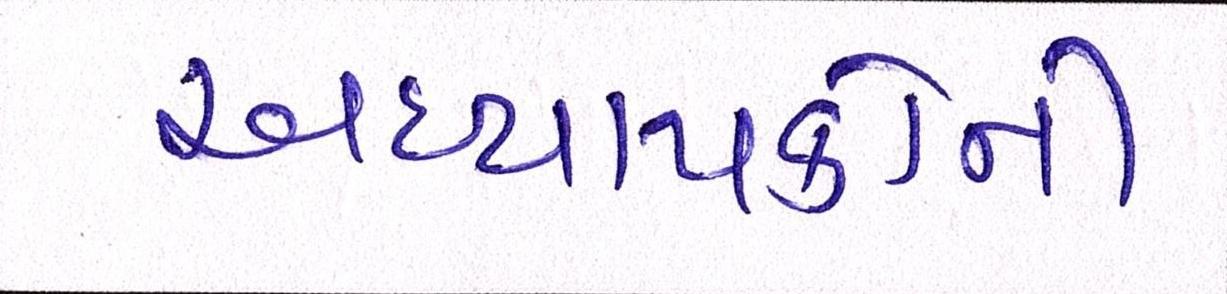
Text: અધ્યાપકોની